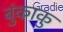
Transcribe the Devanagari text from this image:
बुंकाकु